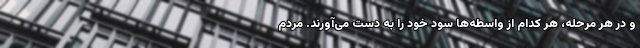
و در هر مرحله، هر کدام از واسطه‌ها سود خود را به دست می‌آورند. مردم